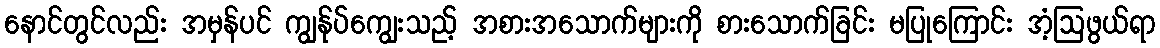
နောင်တွင်လည်း အမှန်ပင် ကျွန်ုပ်ကျွေးသည့် အစားအသောက်များကို စားသောက်ခြင်း မပြုကြောင်း အံ့ဩဖွယ်ရာ